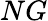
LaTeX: NG